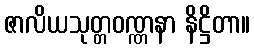
ဇာလိယသုတ္တဝဏ္ဏနာ နိဋ္ဌိတာ။